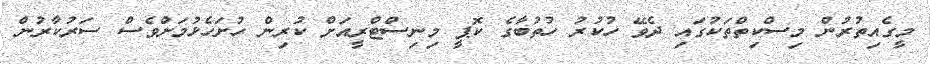
މީގެއިތުރުން މިސްކިތްތަކުގައި ދެވޭ ހުކުރު ހުތުބާގެ ކޮޕީ މިނިސްޓްރީއަށް ކުރިން ހުށަހެޅުމަށްވެސް ސަރުކާރުން